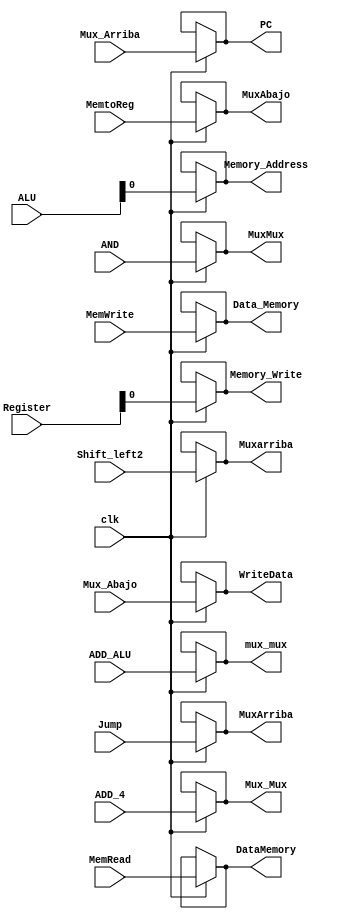
`timescale 1ns/1ns
module Buffer_3 (
    input  clk,
    input [31:0]Mux_Arriba,
    input Jump,
    input [31:0]Shift_left2,
    input [31:0]ADD_4,
    input [31:0]ADD_ALU,
    input AND,
    input MemRead,
    input MemtoReg,
    input MemWrite,
    input [31:0]ALU,
    input [31:0]Register,
    input [31:0]Mux_Abajo,


    output [31:0]PC,
    output MuxArriba,
    output [31:0]Muxarriba,
    output [31:0]Mux_Mux,
    output [31:0]mux_mux,
    output MuxMux,
    output DataMemory,
    output MuxAbajo,
    output Data_Memory,
    output Memory_Address,
    output Memory_Write,
    output [31:0]WriteData
   
);


assign PC= (clk) ? Mux_Arriba : PC;
assign MuxArriba= (clk) ? Jump : MuxArriba;
assign Muxarriba= (clk) ? Shift_left2 : Muxarriba;
assign Mux_Mux= (clk) ? ADD_4 : Mux_Mux;
assign mux_mux= (clk) ? ADD_ALU : mux_mux;
assign MuxMux= (clk) ? AND : MuxMux;
assign DataMemory= (clk) ? MemRead : DataMemory;
assign MuxAbajo= (clk) ? MemtoReg : MuxAbajo;
assign Data_Memory= (clk) ? MemWrite : Data_Memory;
assign Memory_Address= (clk) ? ALU : Memory_Address;
assign Memory_Write= (clk) ? Register : Memory_Write;
assign WriteData= (clk) ? Mux_Abajo : WriteData;

    
endmodule